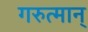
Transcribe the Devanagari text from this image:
गरुत्मान्